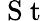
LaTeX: {\mathrm{~S~t~}}